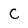
Character: C